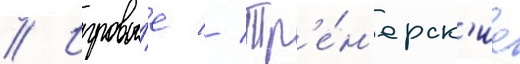
// Игровы́е // Тр'е́н'ерск'ие